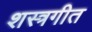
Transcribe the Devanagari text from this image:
शस्त्रगीत